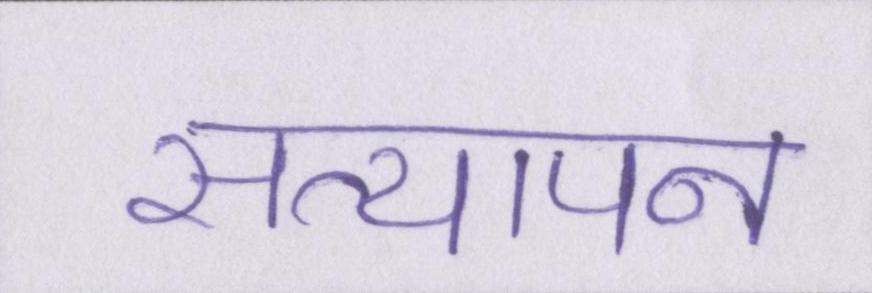
सत्यापन